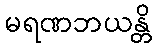
မရဏဘယန္တိ